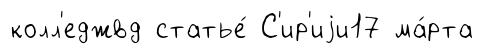
колл'еджвд статье́ С'ир'иjи17 ма́рта